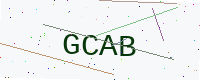
Text: GCAB